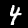
Digit: 4